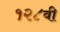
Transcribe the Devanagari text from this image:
१२८वी